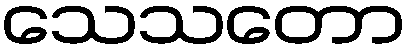
သေသတော